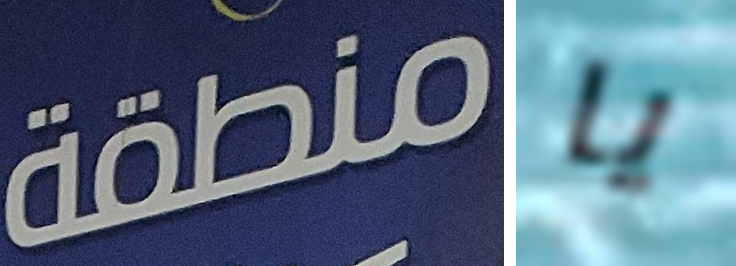
منطقة يا